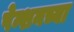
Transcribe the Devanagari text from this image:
पेन्शनच्या